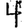
Digit: 4